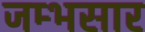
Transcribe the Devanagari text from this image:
जम्भसार